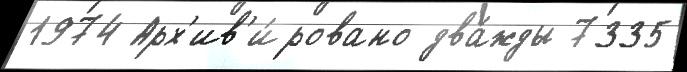
1974 Арх'ив'и́ровано два́жды 7335